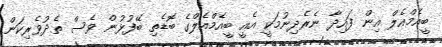
ބީއެމްއެލް އިން ފައިދާ ނެރެދިނުމަކީ އެއީ ބީއެމްއެލްގެ ބޮޑެތި ބޭފުޅުން ވެސް ތެދުވެރިކަން